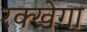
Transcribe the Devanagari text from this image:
रक्खेगा